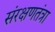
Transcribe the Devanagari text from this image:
संरक्षणतंत्रा